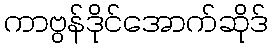
ကာဗွန်ဒိုင်အောက်ဆိုဒ်